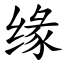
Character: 缘